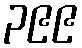
၃၉၉